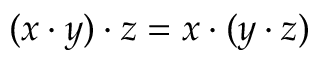
( x \cdot y ) \cdot z = x \cdot ( y \cdot z )